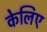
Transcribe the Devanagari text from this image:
केलिए